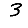
Digit: 3